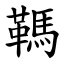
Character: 䩻